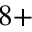
^ { 8 + }